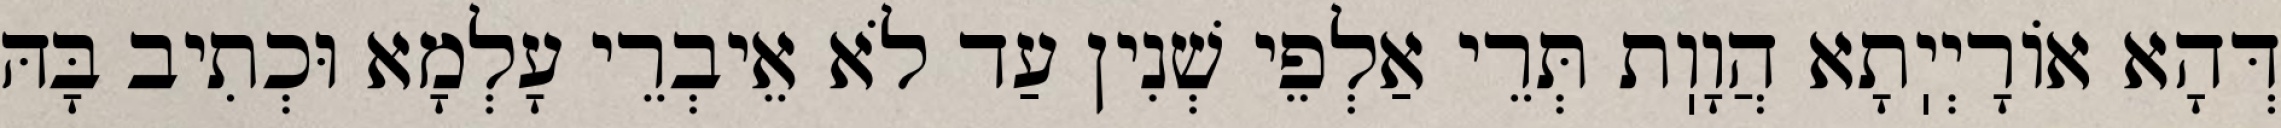
דְּהָא אוֹרָיְיֽתָא הֲוָוֽת תְּרֵי אַלְפֵי שְׁנִין עַד לֹא אֵיבְרֵי עָלְמָא וּכְתִיב בָּהּ